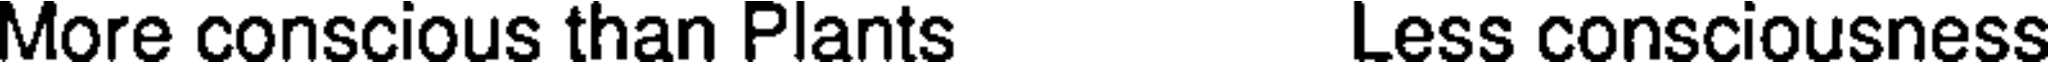
More conscious than Plants Less consciousness